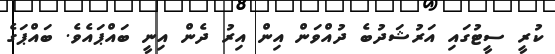
ކުރީ ސީޓުގައި އަރުޝަދުބެ ދުއްވަން އިން އިރު ދެން އިނީ ބައްޕައެވެ. ބައްޕަގެ